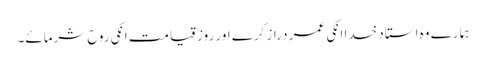
ہمارے وہ استاد خدا انکی عمر دراز کرے اور روز قیامت انکی روح شرمائے۔